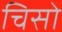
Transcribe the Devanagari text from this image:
चिसो